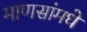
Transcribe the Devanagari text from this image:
माणसांमधे